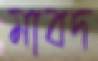
মাবদ